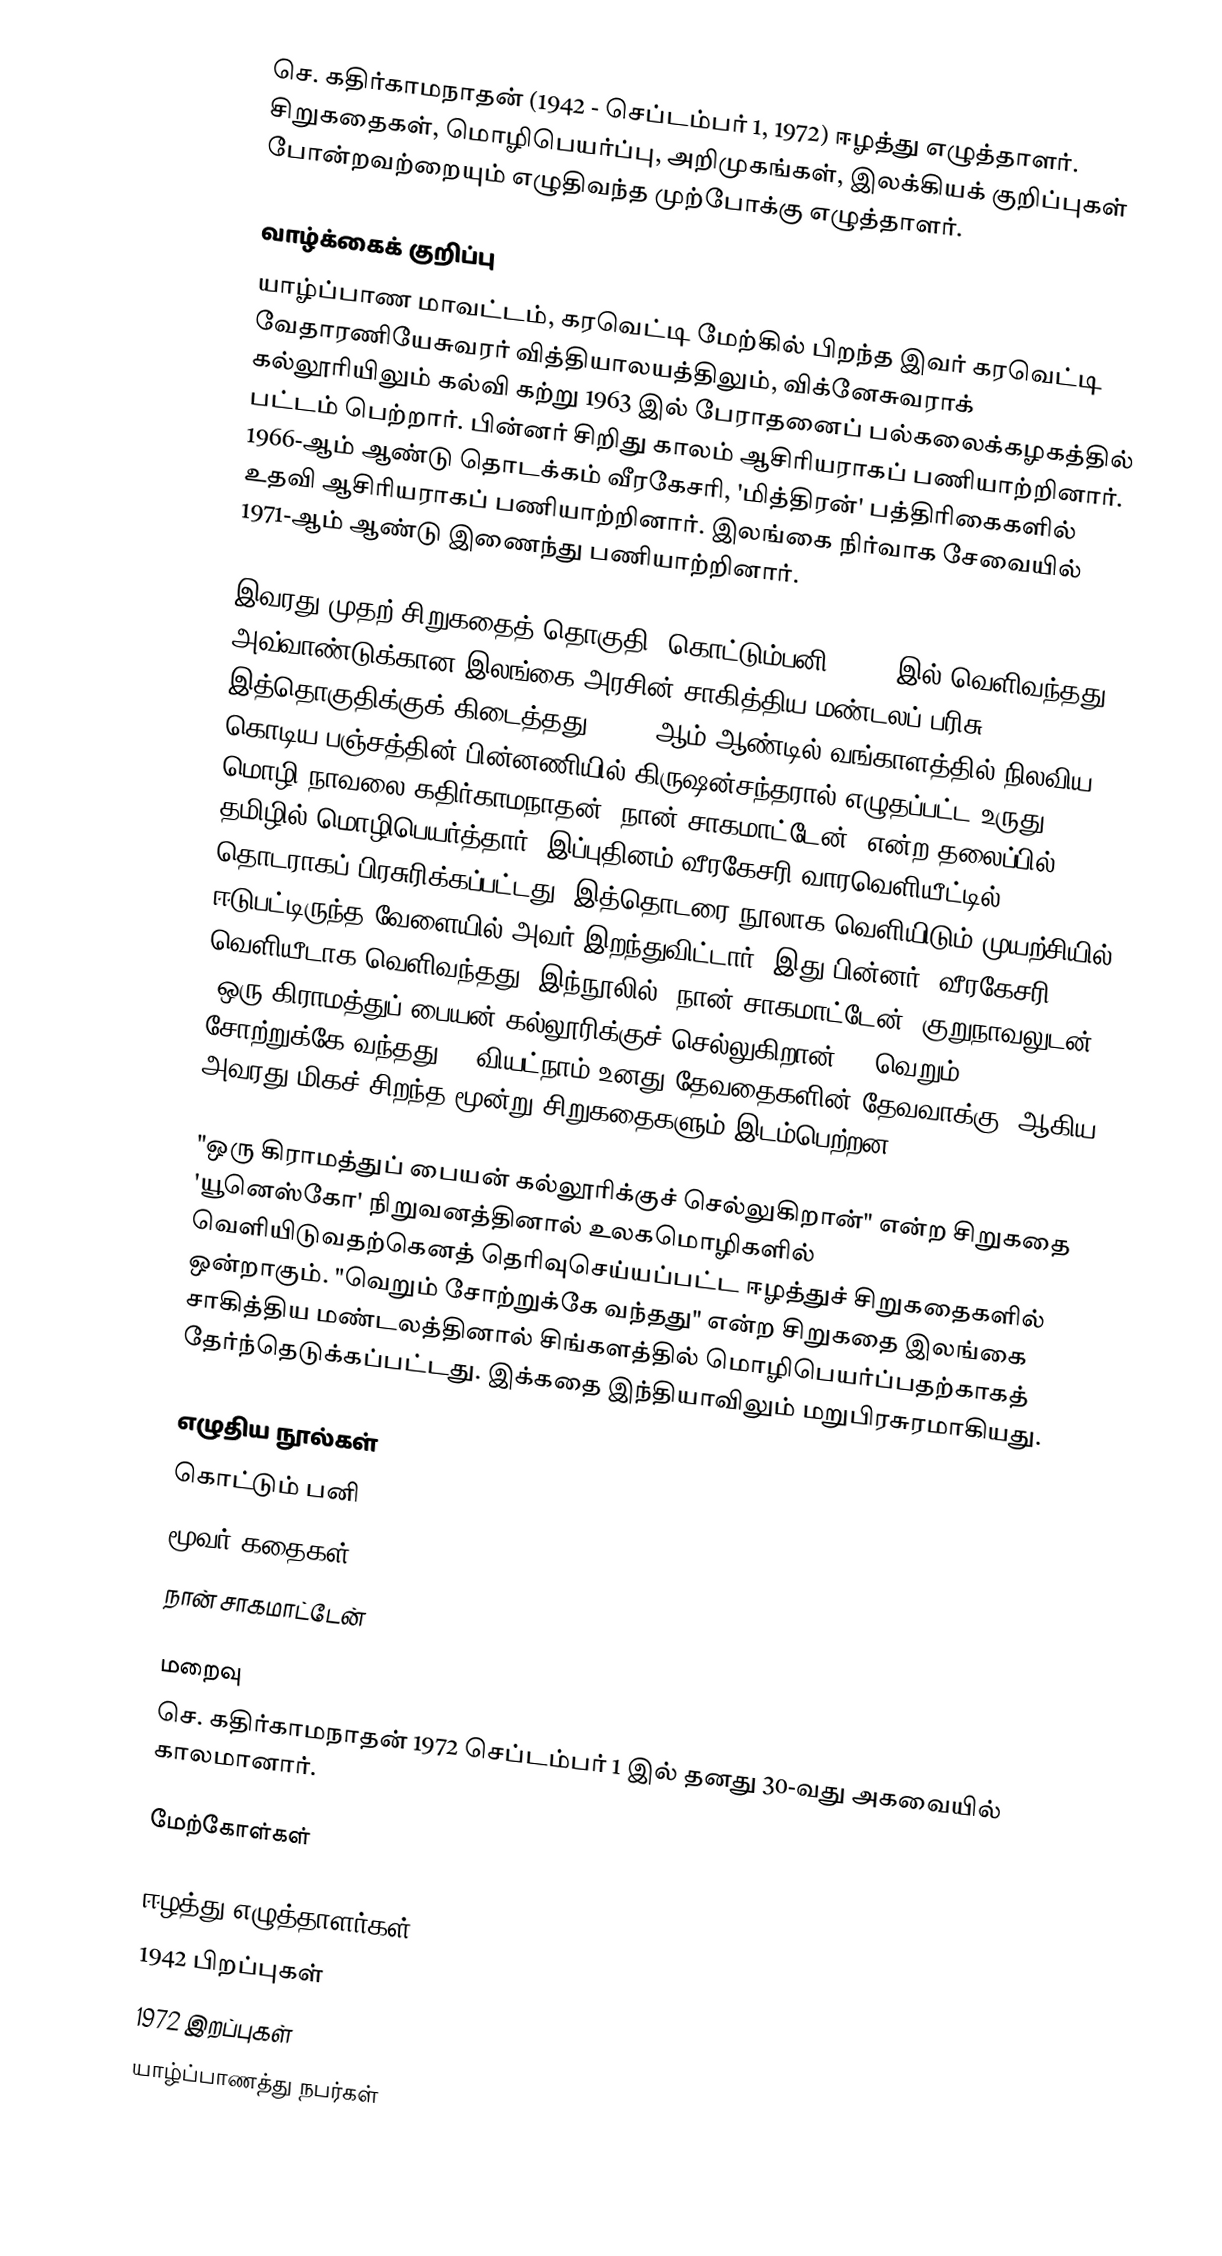
செ. கதிர்காமநாதன் (1942 - செப்டம்பர் 1, 1972) ஈழத்து எழுத்தாளர். சிறுகதைகள், மொழிபெயர்ப்பு, அறிமுகங்கள், இலக்கியக் குறிப்புகள் போன்றவற்றையும் எழுதிவந்த முற்போக்கு எழுத்தாளர்.

வாழ்க்கைக் குறிப்பு
யாழ்ப்பாண மாவட்டம், கரவெட்டி மேற்கில் பிறந்த இவர் கரவெட்டி வேதாரணியேசுவரர் வித்தியாலயத்திலும், விக்னேசுவராக் கல்லூரியிலும் கல்வி கற்று 1963 இல் பேராதனைப் பல்கலைக்கழகத்தில் பட்டம் பெற்றார். பின்னர் சிறிது காலம் ஆசிரியராகப் பணியாற்றினார். 1966-ஆம் ஆண்டு தொடக்கம் வீரகேசரி, 'மித்திரன்' பத்திரிகைகளில் உதவி ஆசிரியராகப் பணியாற்றினார். இலங்கை நிர்வாக சேவையில் 1971-ஆம் ஆண்டு இணைந்து பணியாற்றினார்.

இவரது முதற் சிறுகதைத் தொகுதி 'கொட்டும்பனி' 1968 இல் வெளிவந்தது. அவ்வாண்டுக்கான இலங்கை அரசின் சாகித்திய மண்டலப் பரிசு இத்தொகுதிக்குக் கிடைத்தது. 1942-ஆம் ஆண்டில் வங்காளத்தில் நிலவிய கொடிய பஞ்சத்தின் பின்னணியில் கிருஷன்சந்தரால் எழுதப்பட்ட உருது மொழி நாவலை கதிர்காமநாதன் "நான் சாகமாட்டேன்" என்ற தலைப்பில் தமிழில் மொழிபெயர்த்தார். இப்புதினம் வீரகேசரி வாரவெளியீட்டில் தொடராகப் பிரசுரிக்கப்பட்டது. இத்தொடரை நூலாக வெளியிடும் முயற்சியில் ஈடுபட்டிருந்த வேளையில் அவர் இறந்துவிட்டார். இது பின்னர் 'வீரகேசரி' வெளியீடாக வெளிவந்தது. இந்நூலில் "நான் சாகமாட்டேன்" குறுநாவலுடன், "ஒரு கிராமத்துப் பையன் கல்லூரிக்குச் செல்லுகிறான்", "வெறும் சோற்றுக்கே வந்தது", "வியட்நாம் உனது தேவதைகளின் தேவவாக்கு" ஆகிய அவரது மிகச் சிறந்த மூன்று சிறுகதைகளும் இடம்பெற்றன.

"ஒரு கிராமத்துப் பையன் கல்லூரிக்குச் செல்லுகிறான்" என்ற சிறுகதை 'யூனெஸ்கோ' நிறுவனத்தினால் உலகமொழிகளில் வெளியிடுவதற்கெனத் தெரிவுசெய்யப்பட்ட ஈழத்துச் சிறுகதைகளில் ஒன்றாகும். "வெறும் சோற்றுக்கே வந்தது" என்ற சிறுகதை இலங்கை சாகித்திய மண்டலத்தினால் சிங்களத்தில் மொழிபெயர்ப்பதற்காகத் தேர்ந்தெடுக்கப்பட்டது. இக்கதை இந்தியாவிலும் மறுபிரசுரமாகியது.

எழுதிய நூல்கள்
 கொட்டும் பனி
 மூவர் கதைகள்
 நான் சாகமாட்டேன்

மறைவு
செ. கதிர்காமநாதன் 1972 செப்டம்பர் 1 இல் தனது 30-வது அகவையில் காலமானார்.

மேற்கோள்கள்

ஈழத்து எழுத்தாளர்கள்
1942 பிறப்புகள்
1972 இறப்புகள்
யாழ்ப்பாணத்து நபர்கள்